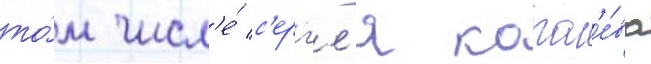
то́м числ'е́ с'ерг'е́я корол'е́ва